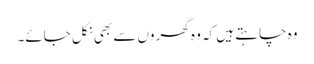
وہ چاہتے ہیں کہ وہ گھروں سے بھی نکل جائے۔